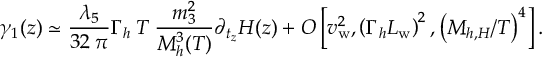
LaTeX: \gamma _ { 1 } ( z ) \simeq \frac { \lambda _ { 5 } } { 3 2 \: \pi } \Gamma _ { h } \: T \: \frac { m _ { 3 } ^ { 2 } } { M _ { h } ^ { 3 } ( T ) } \partial _ { t _ { z } } H ( z ) + { \cal O } \left[ v _ { \mathrm { w } } ^ { 2 } , \left( \Gamma _ { h } L _ { \mathrm { w } } \right) ^ { 2 } , \left( M _ { h , H } / T \right) ^ { 4 } \right] .